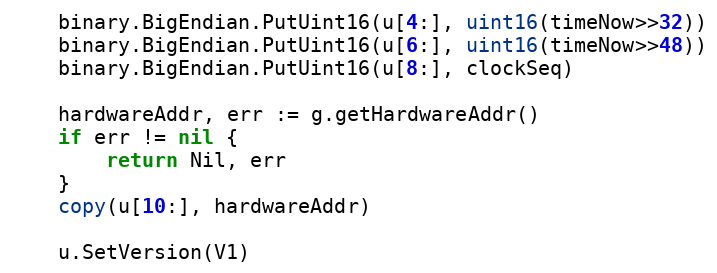
Language: Go
	binary.BigEndian.PutUint16(u[4:], uint16(timeNow>>32))
	binary.BigEndian.PutUint16(u[6:], uint16(timeNow>>48))
	binary.BigEndian.PutUint16(u[8:], clockSeq)

	hardwareAddr, err := g.getHardwareAddr()
	if err != nil {
		return Nil, err
	}
	copy(u[10:], hardwareAddr)

	u.SetVersion(V1)